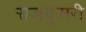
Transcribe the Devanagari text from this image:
राजकुमरी